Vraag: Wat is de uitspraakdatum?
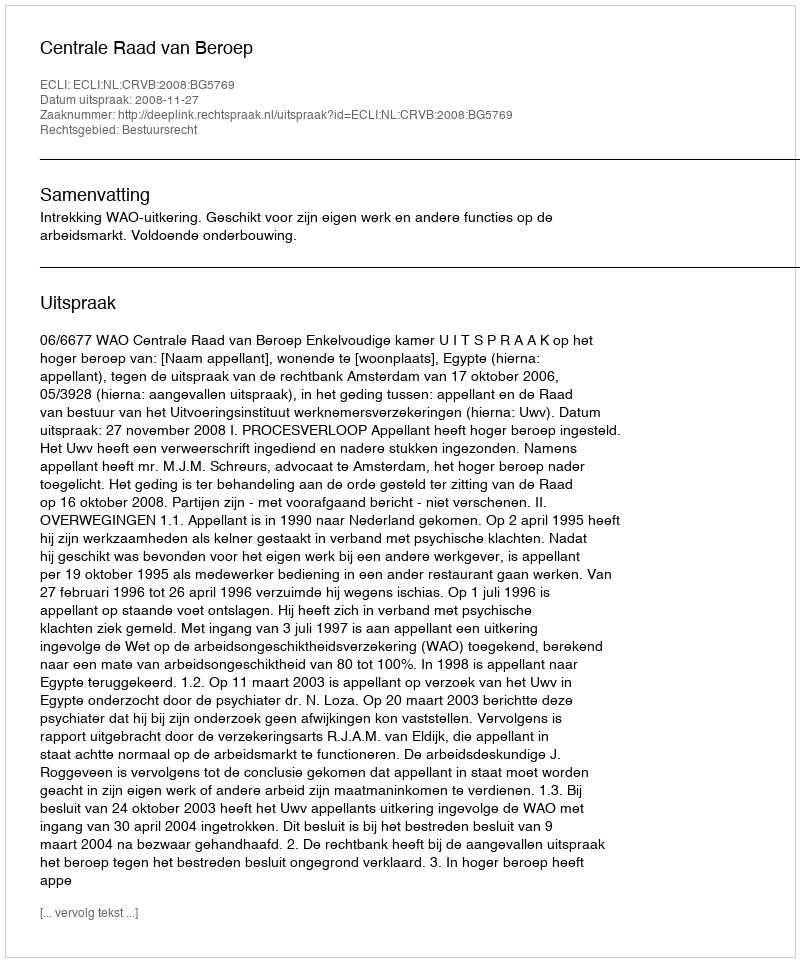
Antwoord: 2008-11-27